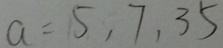
a = 5 , 7 , 3 5